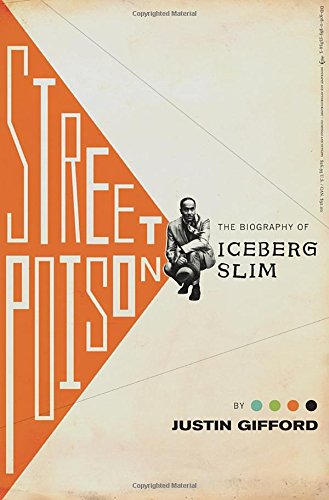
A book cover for Street Poison: The Biography of Iceberg Slim; Justin Gifford; Biographies & Memoirs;